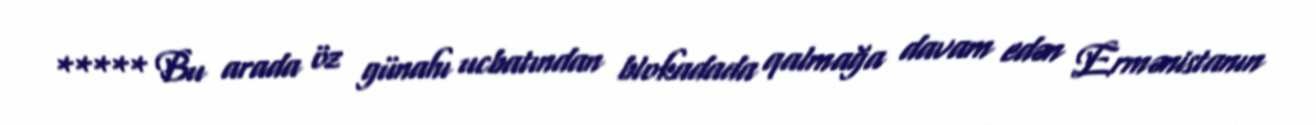
***** Bu arada öz günahı ucbatından blokadada qalmağa davam edən Ermənistanın